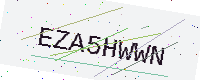
Text: EZA5HWWN